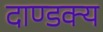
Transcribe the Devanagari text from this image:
दाण्डक्य